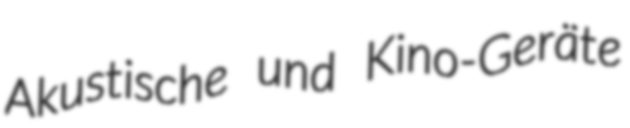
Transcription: Akustische und Kino-Geräte